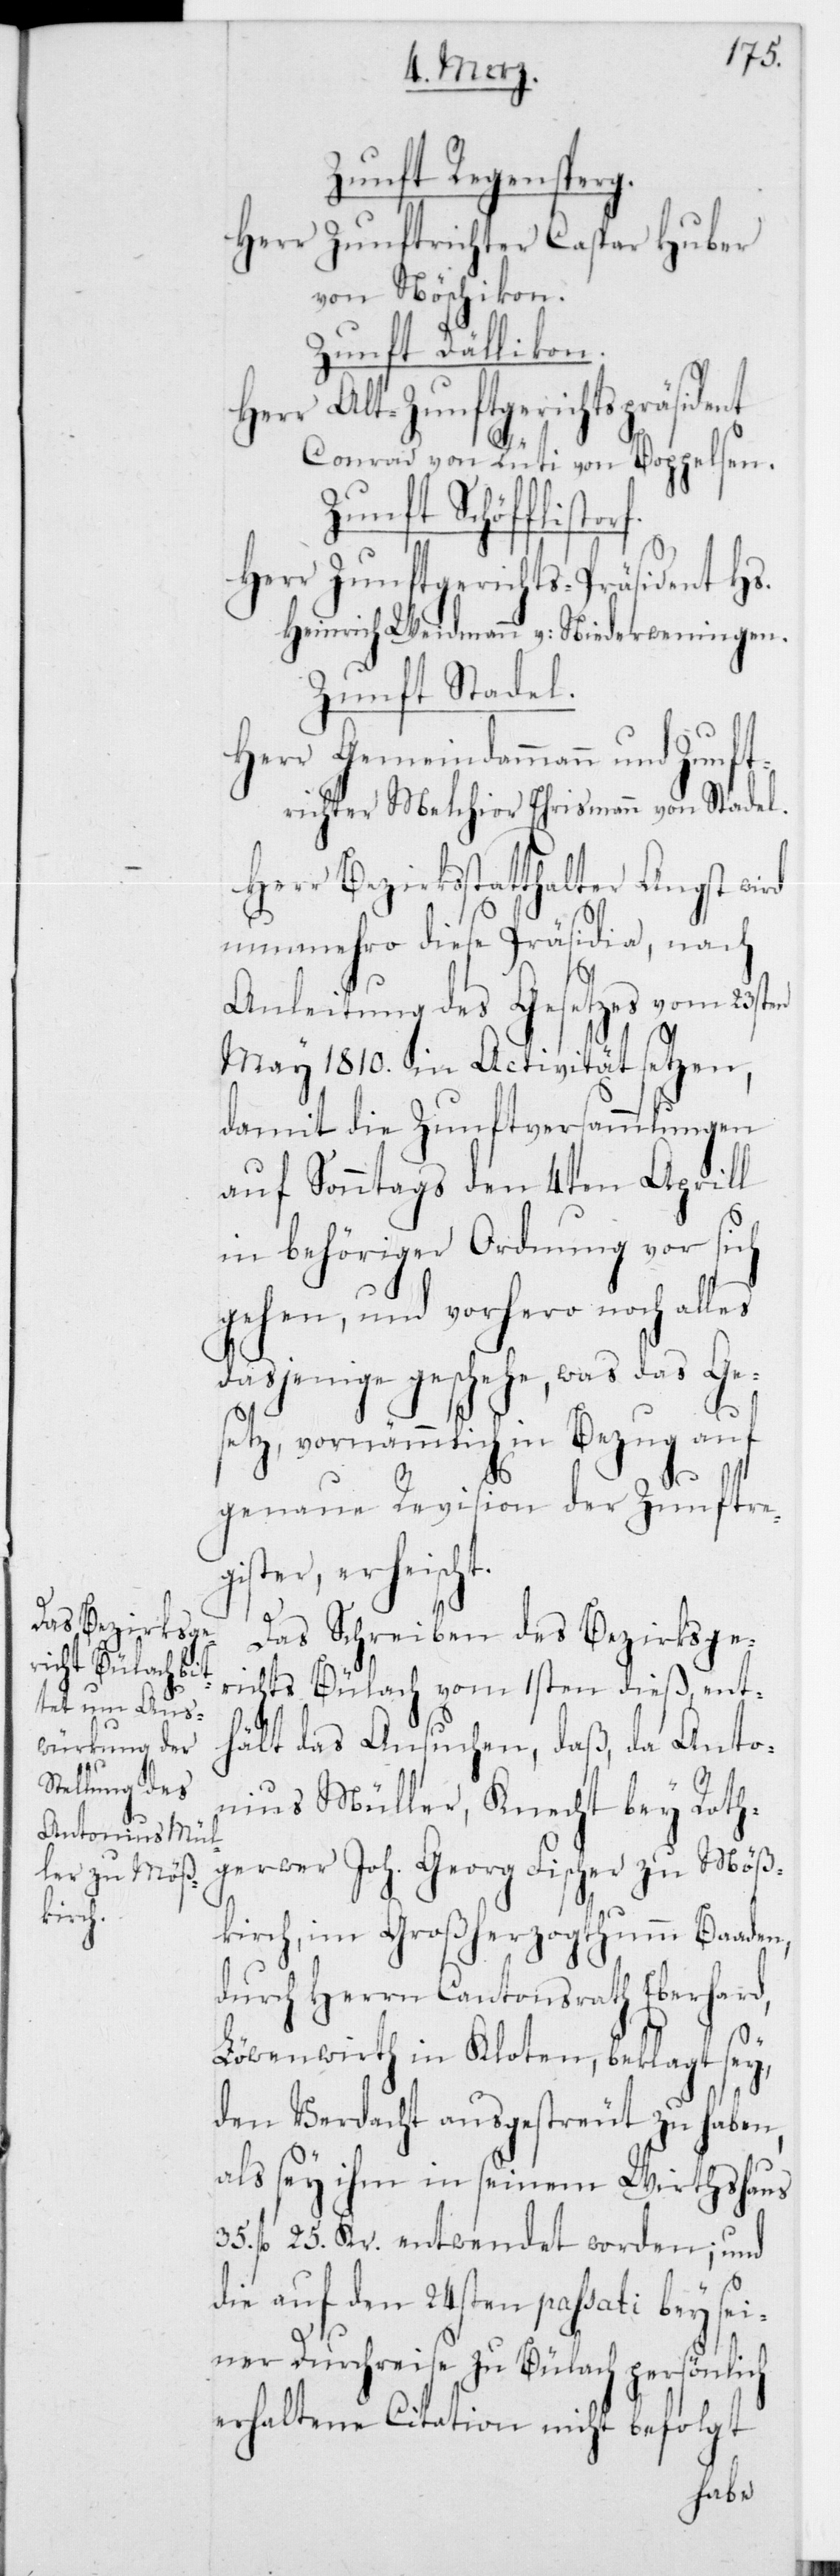
torf.

Zunft Regensperg.
Herr Zunftrichter Caspar Huber
von Nöschikon.
Zunft Dällikon.
Herr Alt-Zunftgerichtspräsident
Conrad von Rüti von Boppelsen.
Zunft Schöfflis¬
Herr Zunftgerichts-Präsident Hs.
Heinrich Weidmann v. Niederweningen.
Zunft Stadel.
Herr Gemeindammann und Zunft¬
richter Melchior Ehrismann von Stadel.
Herr Bezirksstatthalter Angst wird
nunmehro diese Präsidia, nach
Anleitung des Gesetzes vom 23sten
May 1810 in Activität setzen,
damit die Zunftversammlungen
auf Sonntags den 4ten April
in behöriger Ordnung vor sich
gehen, und vorhero noch alles
dasjenige geschehe, was das Ge¬
setz, vornämmlich in Bezug auf
genaue Revision der Zunftreg¬
ister, erheischt.
Das Schreiben des Bezirksge¬
richts Bülach vom 1sten dieß, enth¬
ält das Ansuchen, daß, da Anto¬
nius Müller, Knecht bey Roth¬
gerwer Joh. Georg Fischer zu Möß¬
kirch, im Großherzogthum Baaden,
durch Herrn Cantonsrath Eberhard,
Löwenwirth in Kloten, beklagt sey,
den Verdacht ausgestreut zu haben,
als sey ihm in seinem Wirthshaus
35 fl. 25 Kr. entwendet worden, und
die auf den 24sten passati bei se¬
iner Durchreise zu Bülach persönlich
erhaltene Citation nicht befolgt